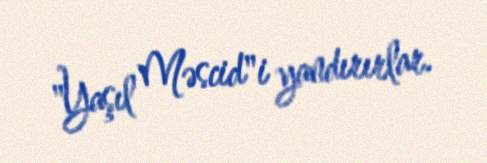
"Yaşıl Məscid"i yandırırlar.